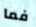
فما